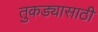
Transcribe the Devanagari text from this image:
तुकड्यासाठी